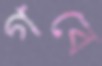
গবে